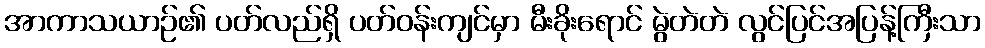
အာကာသယာဉ်၏ ပတ်လည်ရှိ ပတ်ဝန်းကျင်မှာ မီးခိုးရောင် မွဲတဲတဲ လွင်ပြင်အပြန့်ကြီးသာ